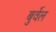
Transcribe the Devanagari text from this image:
बुर्वेल